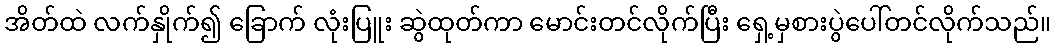
အိတ်ထဲ လက်နှိုက်၍ ခြောက် လုံးပြူး ဆွဲထုတ်ကာ မောင်းတင်လိုက်ပြီး ရှေ့မှစားပွဲပေါ်တင်လိုက်သည်။